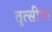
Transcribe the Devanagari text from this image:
तुत्‍सींचा